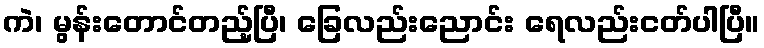
ကဲ၊ မွန်းတောင်တည့်ပြီ၊ ခြေလည်းညောင်း ရေလည်းငတ်ပါပြီ။